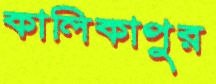
কালিকাপুর